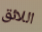
اللائق